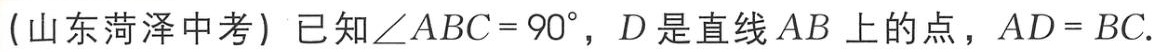
(山东菏泽中考) 已知\(\angle ABC = 90^{\circ}\)，\(D\)是直线\(AB\)上的点，\(AD = BC\).